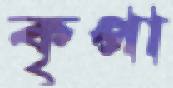
কৃপা